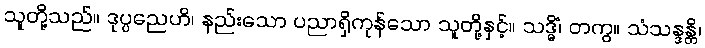
သူတို့သည်။ ဒုပ္ပညေဟိ၊ နည်းသော ပညာရှိကုန်သော သူတို့နှင့်။ သဒ္ဓိံ၊ တကွ။ သံသန္ဒန္တိ၊